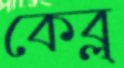
কেব্ল্